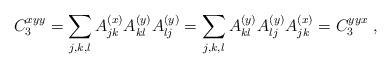
LaTeX: \begin{align*} C_3^{xyy} = \sum_{j,k,l}A_{jk}^{(x)}A_{kl}^{(y)}A_{lj}^{(y)} = \sum_{j,k,l}A_{kl}^{(y)}A_{lj}^{(y)}A_{jk}^{(x)} = C_3^{yyx} \ ,\end{align*}